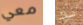
معي لك